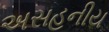
અસહનીય